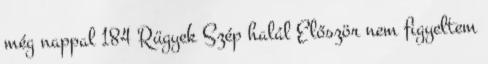
még nappal 184 Rügyek Szép halál Először nem figyeltem